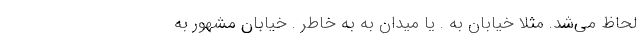
لحاظ می‌شد. مثلا خیابان به . یا میدان به به خاطر . خیابان مشهور به